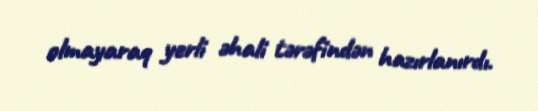
olmayaraq yerli əhali tərəfindən hazırlanırdı.